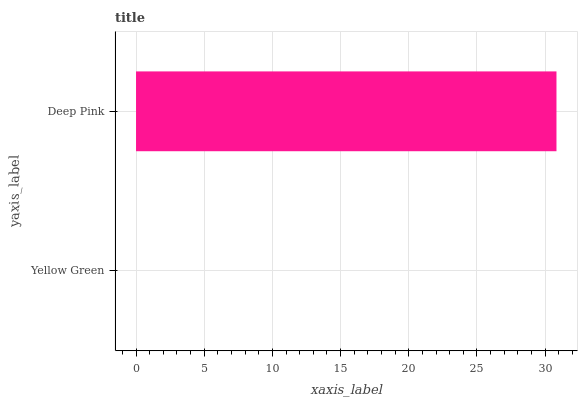
| yaxis_label | bars |
 | --- | --- |
 | Yellow Green | 0 |
 | Deep Pink | 30.8 |